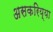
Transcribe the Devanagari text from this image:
असकरिय्या